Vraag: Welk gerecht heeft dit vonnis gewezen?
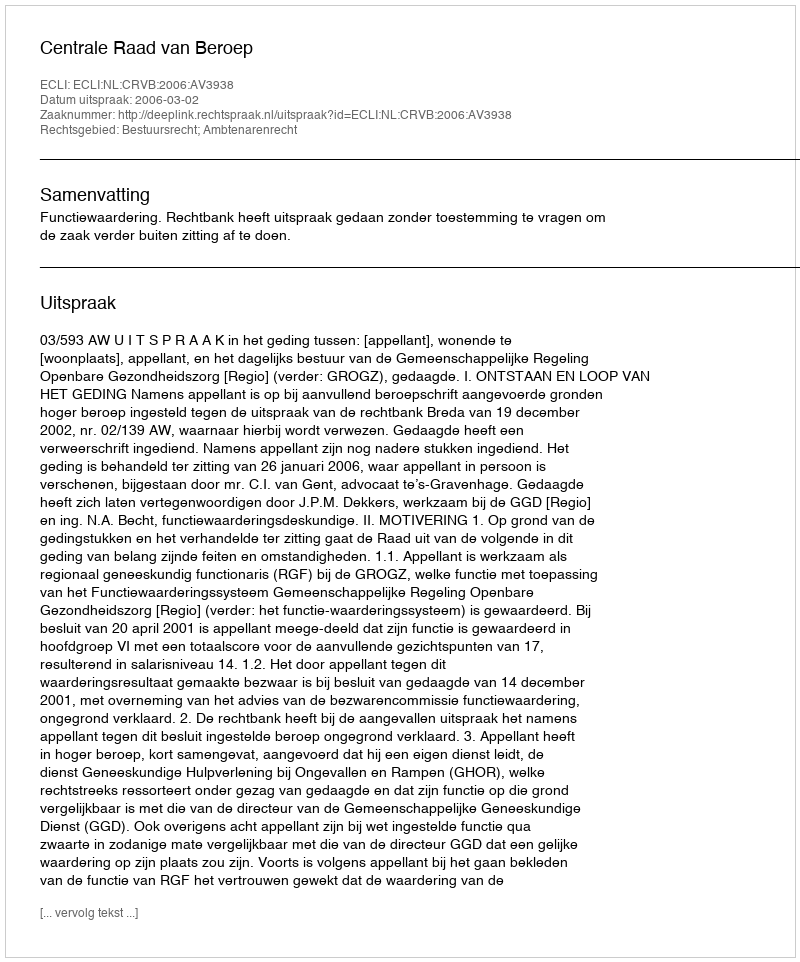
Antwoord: Centrale Raad van Beroep